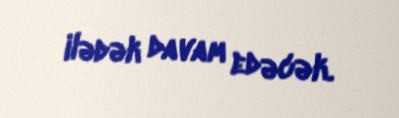
ilədək davam edəcək.